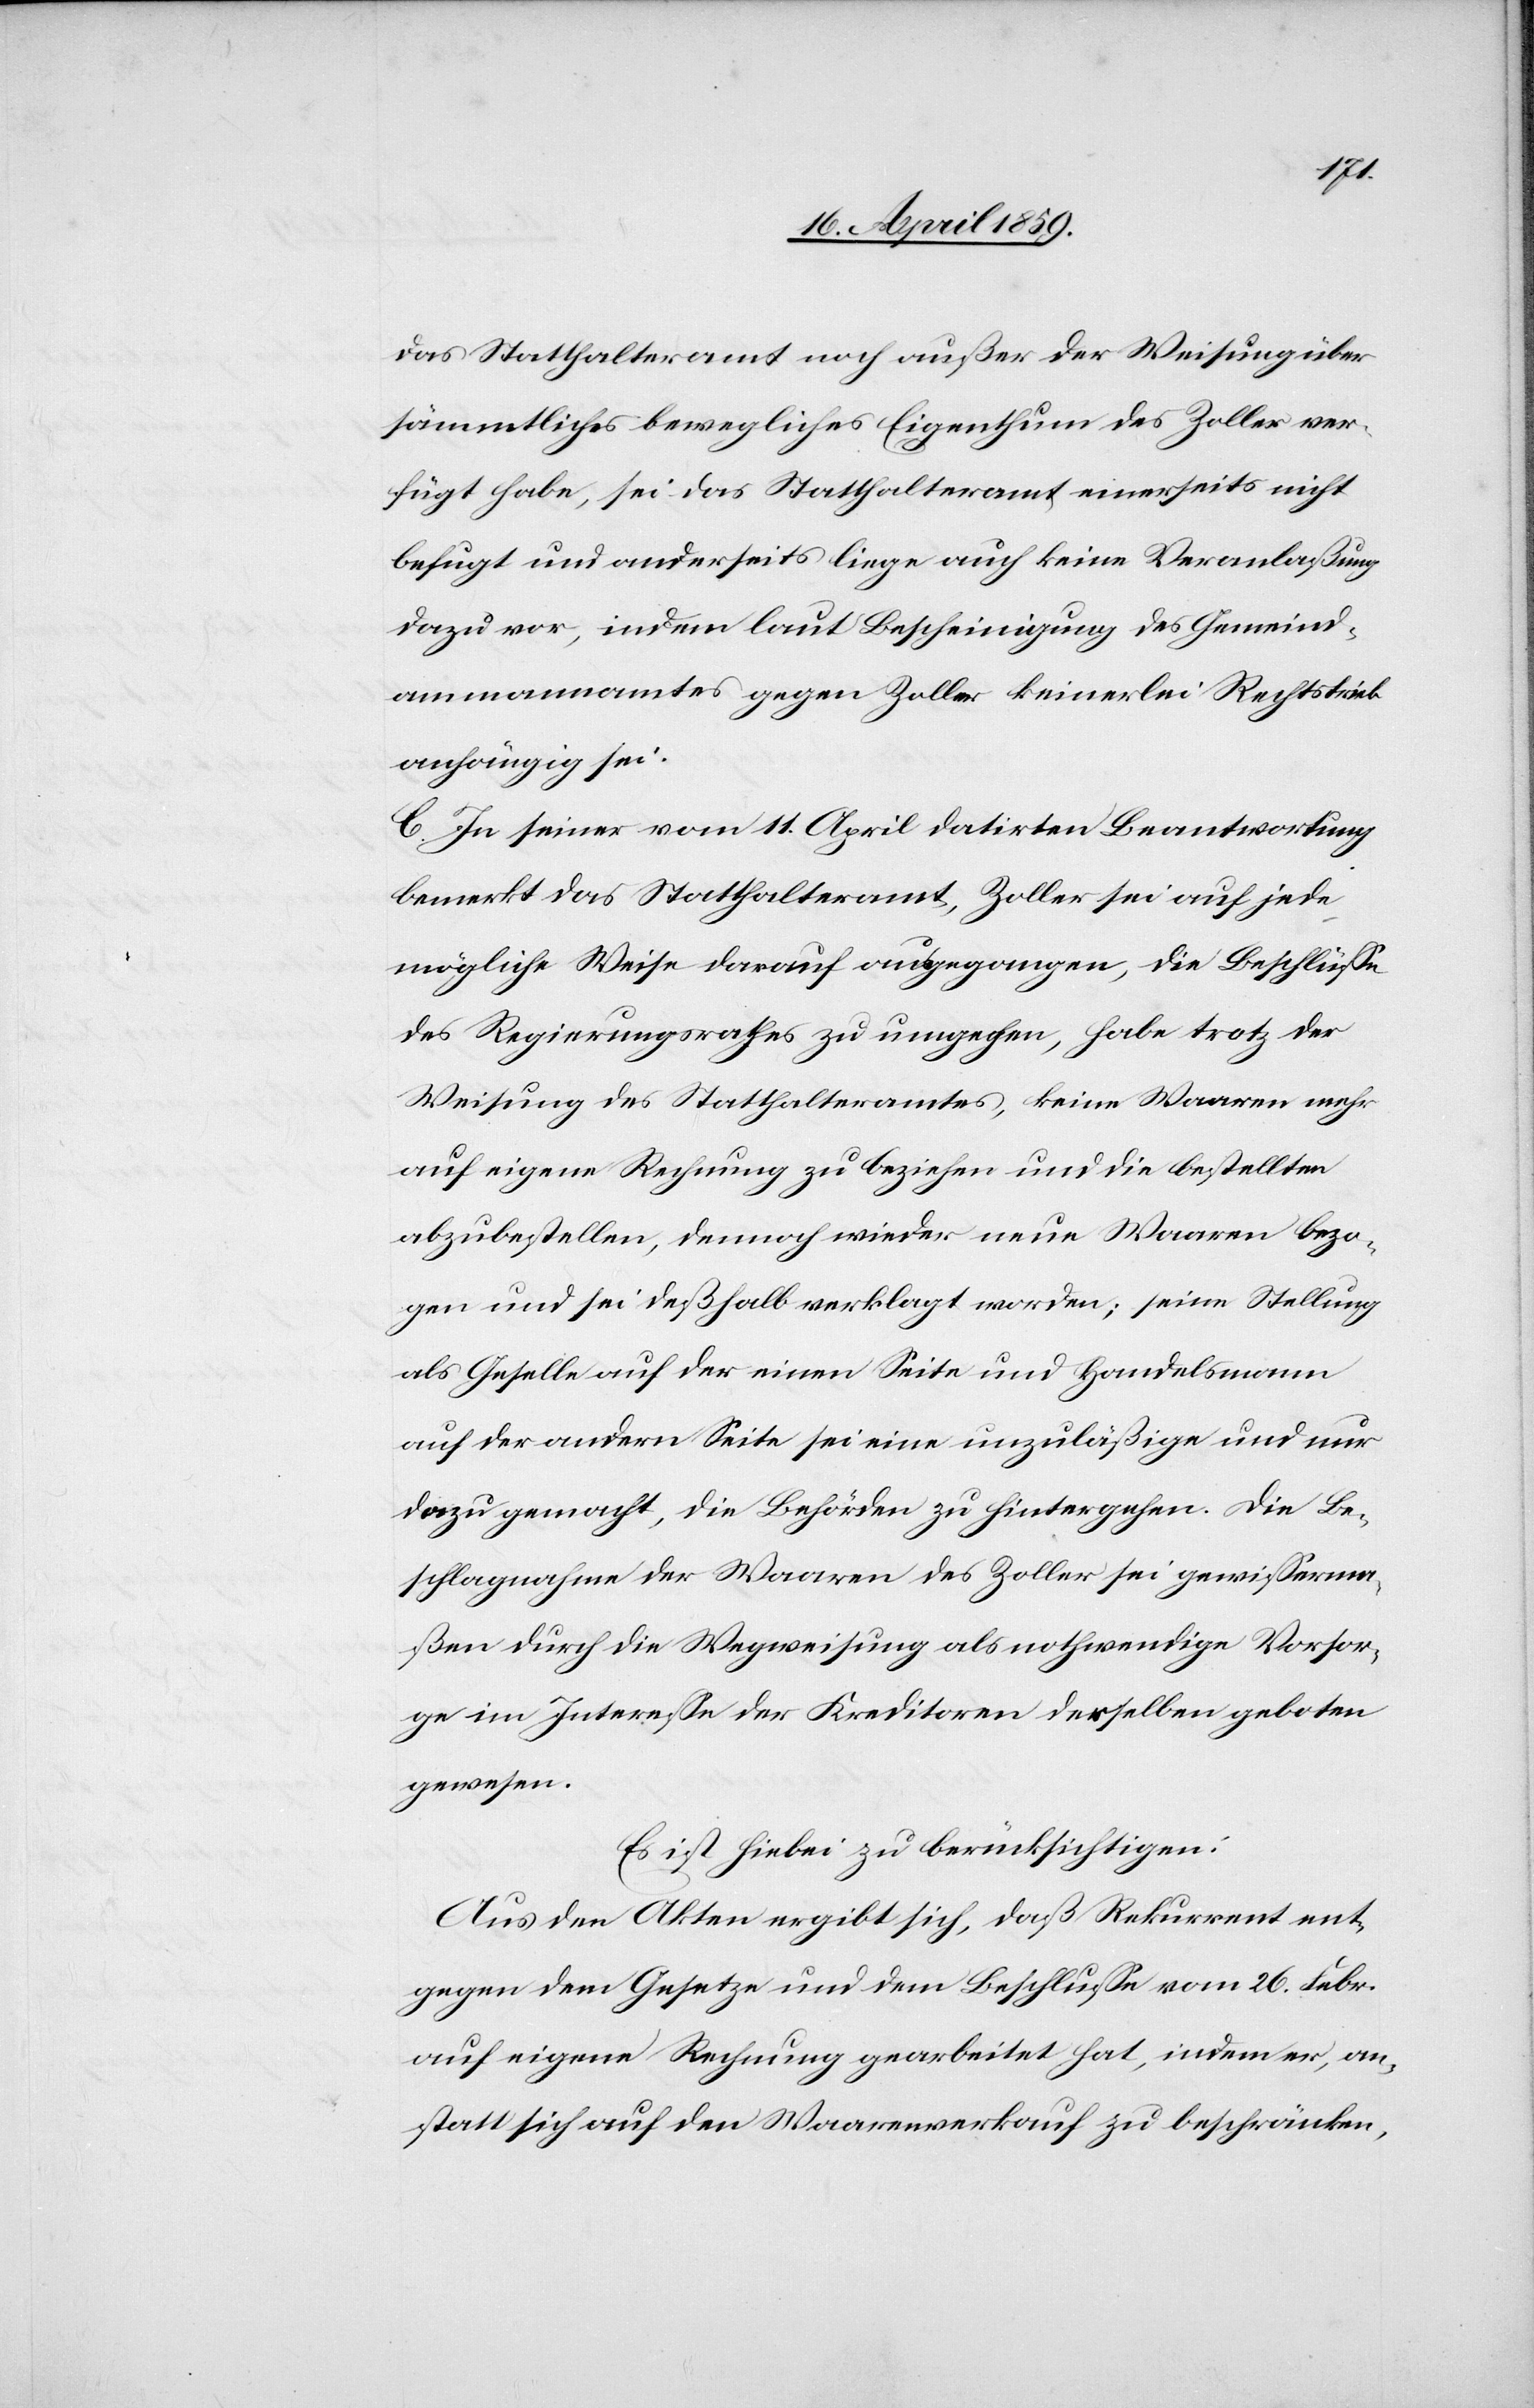
das Statthalteramt noch außer der Weisung über
sämmtliches bewegliches Eigenthum des Zoller ver¬
fügt habe, sei das Statthalteramt einerseits nicht
befugt und anderseits liege auch keine Veranlaßung
dazu vor, indem laut Bescheinigung des Gemeind¬
ammanamtes gegen Zoller keinerlei Rechtstrieb
anhängig sei.
C. In seiner vom 11. April datirten Beantwortung
bemerkt das Statthalteramt, Zoller sei auf jede
mögliche Weise darauf ausgegangen, die Beschlüße
des Regierungsrathes zu umgehen, habe trotz der
Weisung des Statthalteramtes, keine Waaren mehr
auf eigene Rechnung zu beziehen und die bestellten
abzubestellen, dennoch wieder neue Waaren bezo¬
gen und sei deßhalb verklagt worden; seine Stellung
als Geselle auf der einen Seite und Handelsmann
auf der andern Seite sei eine unzuläßige und nur
dazu gemacht, die Behörden zu hintergehen. Die Be¬
schlagnahme der Waaren des Zoller sei gewißerma¬
ßen durch die Wegweisung als nothwendige Vorsor¬
ge im Intereße der Kreditoren derselben geboten
gewesen.
Es ist hiebei zu berücksichtigen:
Aus den Akten ergibt sich, daß Rekurrent ent¬
gegen dem Gesetze und dem Beschluße vom 26. Febr.
auf eigene Rechnung gearbeitet hat, indem er, an¬
statt sich auf den Waarenverkauf zu beschränken,